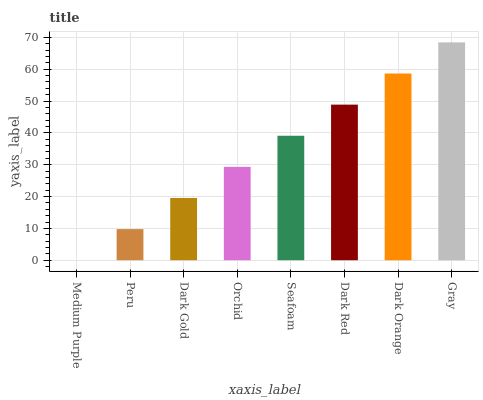
| xaxis_label | bars |
 | --- | --- |
 | Medium Purple | 0 |
 | Peru | 9.77 |
 | Dark Gold | 19.5 |
 | Orchid | 29.3 |
 | Seafoam | 39.1 |
 | Dark Red | 48.9 |
 | Dark Orange | 58.6 |
 | Gray | 68.4 |